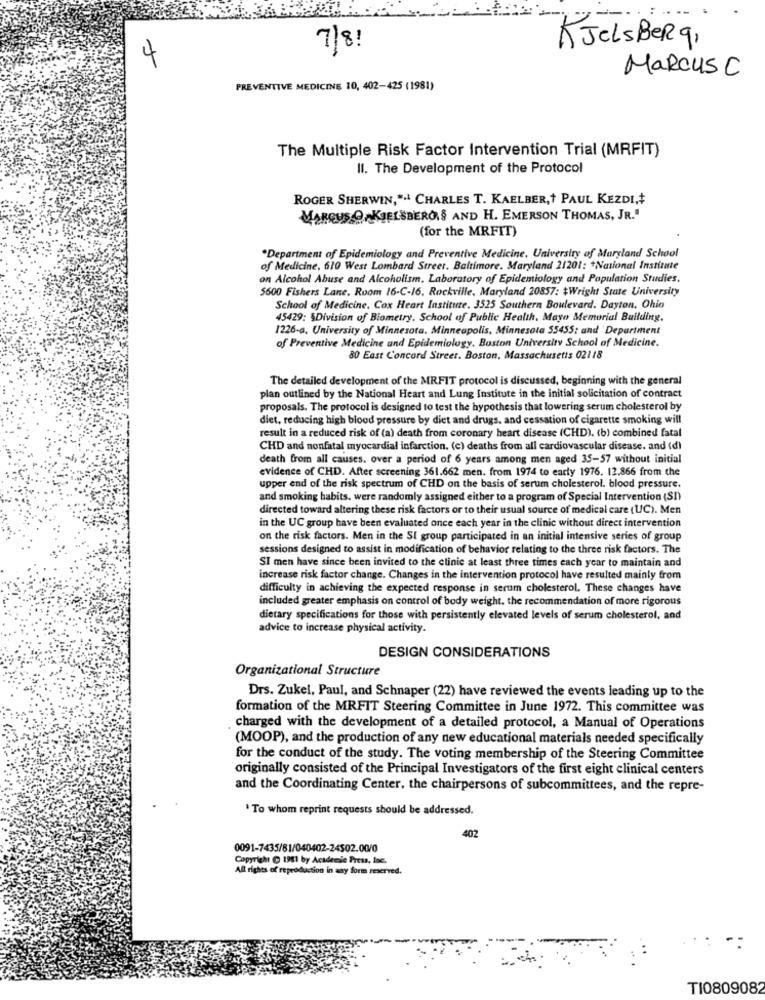
7/8!
KJelsBerg,
4
Marcus C
PREVENTIVE MEDICINE 10, 402-425 (1981)
The Multiple Risk Factor Intervention Trial (MRFIT)
Il. The Development of the Protocol
ROGER SHERWIN,". CHARLES T. KAELBER,+ PAUL KEZDI,+
MARCUS O KJELSBERG'S AND H. EMERSON THOMAS, JR."
(for the MRFIT)
.Department of Epidemiology and Preventive Medicine, University of Maryland School
of Medicine, 610 West Lombard Street. Baltimore. Maryland 21201: * National Institute
on Alcohol Abuse and Alcoholism, Laboratory of Epidemiology and Population Studies.
5600 Fishers Lane. Ruom 16-C-16. Rockville, Maryland 20857: $Wright State University
School of Medicine. Cox Heart Institute. 3525 Southern Boulevard. Dayton, Ohio
45429: SDivision of Biometry. School of Public Health, Mayo Memorial Building.
1226-a. University of Minnesota. Minneapolis, Minnesota 55455; and 'Department
of Preventive Medicine and Epidemiology, Boston University School of Medicine.
80 East Concord Street. Boston, Massachusetts 02118
The detailed development of the MRFIT protocol is discussed, beginning with the general
plan outlined by the National Heart and Lung Institute in the initial solicitation of contract
proposals. The protocol is designed to test the hypothesis that lowering serum cholesterol by
diet, reducing high blood pressure by diet and drugs, and cessation of cigarette smoking will
result in a reduced risk of (a) death from coronary heart disease (CHD). (b) combined fatal
CHD and nonfatal myocardial infarction. (c) deaths from all cardiovascular disease. and (d)
death from all causes. over a period of 6 years among men aged 35-57 without initial
evidence of CHD. After screening 361.662 men. from 1974 to early 1976. 12.866 from the
upper end of the risk spectrum of CHD on the basis of serum cholesterol. blood pressure.
and smoking habits. were randomly assigned either to a program of Special Intervention (SI)
directed toward altering these risk factors or to their usual source of medical care (UC). Men
in the UC group have been evaluated once each year in the clinic without direct intervention
on the risk factors. Men in the SI group participated in an initial intensive series of group
sessions designed to assist in modification of behavior relating to the three risk factors. The
SI men have since been invited to the clinic at least three times each year to maintain and
increase risk factor change. Changes in the intervention protocol have resulted mainly from
difficulty in achieving the expected response in serum cholesterol. These changes have
included greater emphasis on control of body weight. the recommendation of more rigorous
dietary specifications for those with persistently elevated levels of serum cholesterol, and
advice to increase physical activity.
DESIGN CONSIDERATIONS
Organizational Structure
Drs. Zukel, Paul, and Schnaper (22) have reviewed the events leading up to the
formation of the MRFIT Steering Committee in June 1972. This committee was
charged with the development of a detailed protocol, a Manual of Operations
(MOOP), and the production of any new educational materials needed specifically
for the conduct of the study. The voting membership of the Steering Committee
originally consisted of the Principal Investigators of the first eight clinical centers
and the Coordinating Center, the chairpersons of subcommittees, and the repre-
' To whom reprint requests should be addressed.
402
0091-7435/81/040402-24502.00/0
Copyright C 1911 by Academic Press, Inc.
All rights of reproduction in any form reserved.
TI0809082